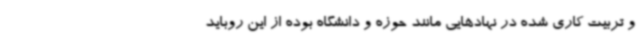
و تربیت کاری شده در نهادهایی مانند حوزه و دانشگاه بوده از این روباید